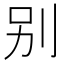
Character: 别